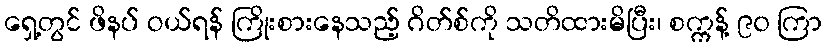
ရှေ့တွင် ဖိနပ် ဝယ်ရန် ကြိုးစားနေသည့် ဂိတ်စ်ကို သတိထားမိပြီး၊ စက္ကန့် ၉၀ ကြာ